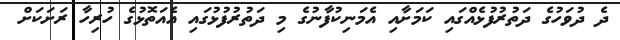
ދެ ދުވަހުގެ ދަތުރުފުޅެއްގައި ކަމަށާއި އެމަނިކުފާނުގެ މި ދަތުރުފުޅުގައި އެއަތޮޅުގެ ހުރިހާ ރަށަކަށް